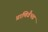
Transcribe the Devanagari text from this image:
प्राणिवैभव